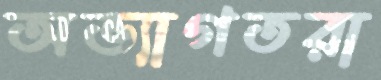
অভ্যাগতরা